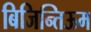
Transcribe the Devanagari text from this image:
बिजिन्तिऊम